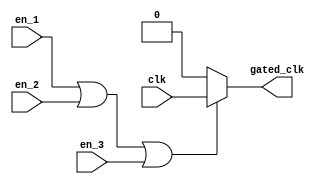
module clock_gating (
    input wire clk,              // Main clock signal
    input wire en_1,            // Enable signal 1
    input wire en_2,            // Enable signal 2
    input wire en_3,            // Enable signal 3
    // Add more enable signals as needed
    output wire gated_clk        // Gated clock output
);

// Internal wire for the OR gate output
wire or_output;

// OR gate to combine enable signals
assign or_output = en_1 | en_2 | en_3; // OR operation on enable signals

// Gated clock logic
assign gated_clk = or_output ? clk : 1'b0; // Pass clk if any enable is high, else output 0

endmodule